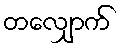
တလျှောက်